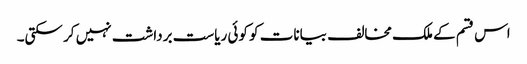
اس قسم کے ملک مخالف بیانات کو کوئی ریاست برداشت نہیں کر سکتی۔